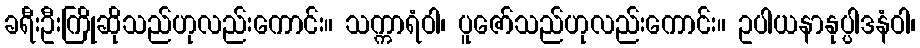
ခရီးဦးကြိုဆိုသည်ဟုလည်းကောင်း။ သက္ကာရံဝါ၊ ပူဇော်သည်ဟုလည်းကောင်း။ ဥပါယနာနုပ္ပါဒနံဝါ၊